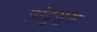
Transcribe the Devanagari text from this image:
प्रोट्रुसुस